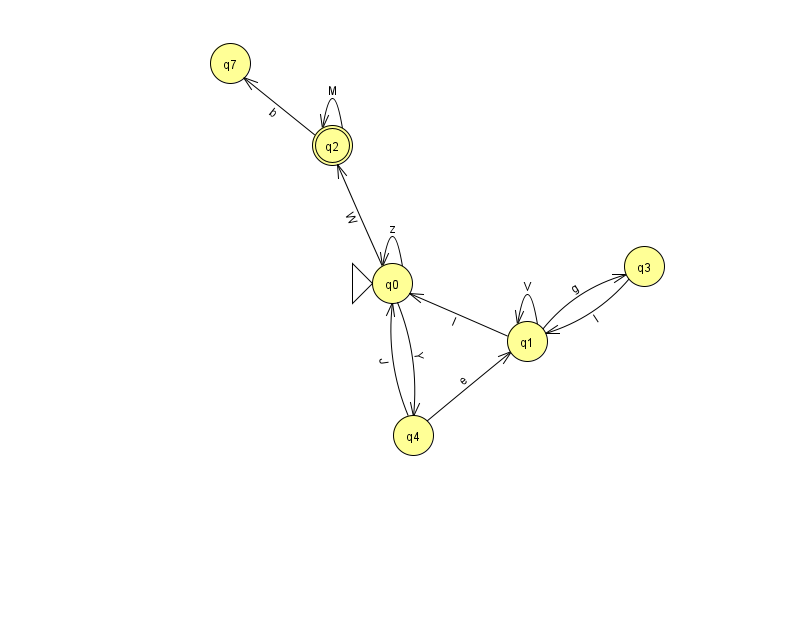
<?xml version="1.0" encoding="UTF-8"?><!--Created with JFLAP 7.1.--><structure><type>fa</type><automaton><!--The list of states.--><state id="0" name="q0"><x>392.0</x><y>270.0</y><initial/></state><state id="1" name="q1"><x>527.0</x><y>328.0</y></state><state id="2" name="q2"><x>332.0</x><y>132.0</y><final/></state><state id="3" name="q3"><x>644.0</x><y>253.0</y></state><state id="4" name="q4"><x>413.0</x><y>422.0</y></state><state id="7" name="q7"><x>230.0</x><y>50.0</y></state><!--The list of transitions.--><transition><from>1</from><to>0</to><read>I</read></transition><transition><from>3</from><to>1</to><read>l</read></transition><transition><from>2</from><to>7</to><read>b</read></transition><transition><from>1</from><to>1</to><read>V</read></transition><transition><from>0</from><to>4</to><read>Y</read></transition><transition><from>1</from><to>3</to><read>g</read></transition><transition><from>0</from><to>0</to><read>z</read></transition><transition><from>4</from><to>0</to><read>J</read></transition><transition><from>0</from><to>2</to><read>W</read></transition><transition><from>2</from><to>2</to><read>M</read></transition><transition><from>4</from><to>1</to><read>e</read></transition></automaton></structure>